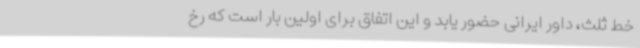
خط ثلث، داور ایرانی حضور یابد و این اتفاق برای اولین بار است که رخ